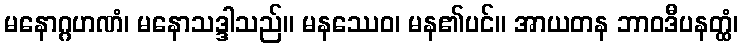
မနောဂ္ဂဟဏံ၊ မနောသဒ္ဒါသည်။ မနဿေဝ၊ မန၏ပင်။ အာယတန ဘာဝဒီပနတ္ထံ၊